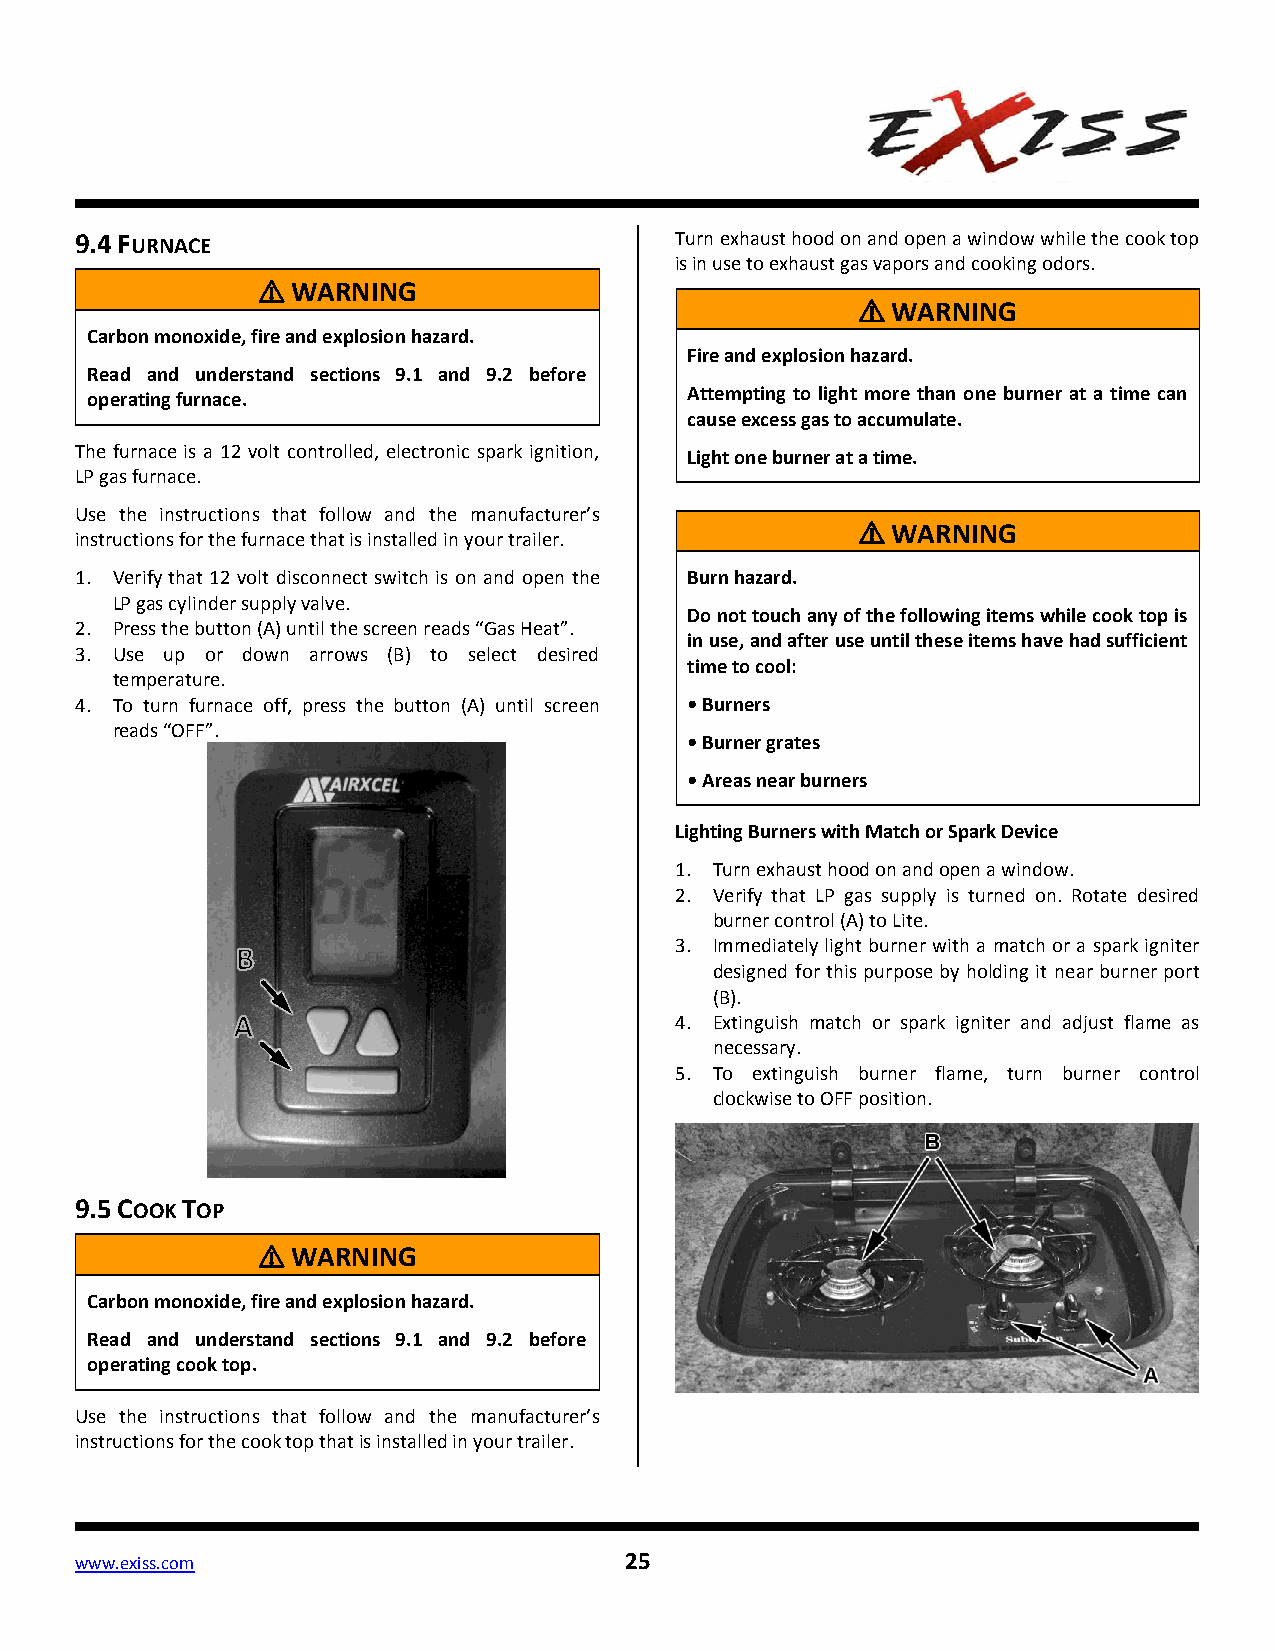
9.4 FURNACE                             Turn exhaust hood on and open a window while the cook top
 is in use to exhaust gas vapors and cooking odors.
 ⚠ WARNING
 ⚠ WARNING
 Carbon monoxide, fire and explosion hazard.
 Fire and explosion hazard.
 Read and understand sections 9.1 and 9.2 before
 operating furnace.                      Attempting to light more than one burner at a time can
 cause excess gas to accumulate.
 The furnace is a 12 volt controlled, electronic spark ignition, Light one burner at a time.
 LP gas furnace.
 Use the instructions that follow and the manufacturer’s
 ⚠ WARNING
 instructions for the furnace that is installed in your trailer.
 1. Verify that 12 volt disconnect switch is on and open the Burn hazard.
 LP gas cylinder supply valve.
 Do not touch any of the following items while cook top is
 2. Press the button (A) until the screen reads “Gas Heat”.
 in use, and after use until these items have had sufficient
 3. Use up or down arrows (B) to select desired
 time to cool:
 temperature.
 4. To turn furnace off, press the button (A) until screen •Burners
 reads “OFF”.
 •Burner grates
 •Areas near burners
 Lighting Burners with Match or Spark Device
 1. Turn exhaust hood on and open a window.
 2. Verify that LP gas supply is turned on. Rotate desired
 burner control (A) to Lite.
 3. Immediately light burner with a match or a spark igniter
 designed for this purpose by holding it near burner port
 (B).
 4. Extinguish match or spark igniter and adjust flame as
 necessary.
 5. To extinguish burner flame, turn burner control
 clockwise to OFF position.
 9.5 COOK TOP
 ⚠ WARNING
 Carbon monoxide, fire and explosion hazard.
 Read and understand sections 9.1 and 9.2 before
 operating cook top.
 Use the instructions that follow and the manufacturer’s
 instructions for the cook top that is installed in your trailer.
 www.exiss.com                       25